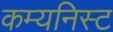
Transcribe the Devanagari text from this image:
कम्यनिस्ट